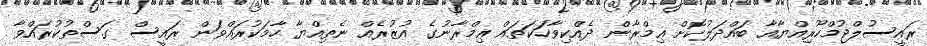
ރައީސުލްޖުމްހޫރިއްޔާއާ ބައްދަލުކޮށް ޢިމްރާން ދެއްކިވާހަކަތައް ޢިމްރާނުގެ އުޒުރެއް ނެތިއްޔާ ހާމަކުރައްވަން ރައީސް ގަސްތުކުރައްވާ